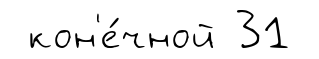
кон'е́чной 31